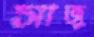
সাজু